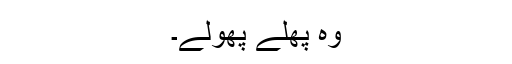
وہ پھلے پھولے۔